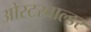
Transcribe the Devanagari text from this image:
ओस्टरवाल्डर